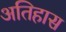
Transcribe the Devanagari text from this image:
अतिहास